Scientific memoirs by medical officers of the Army of India - Part XII,
Year: 1901
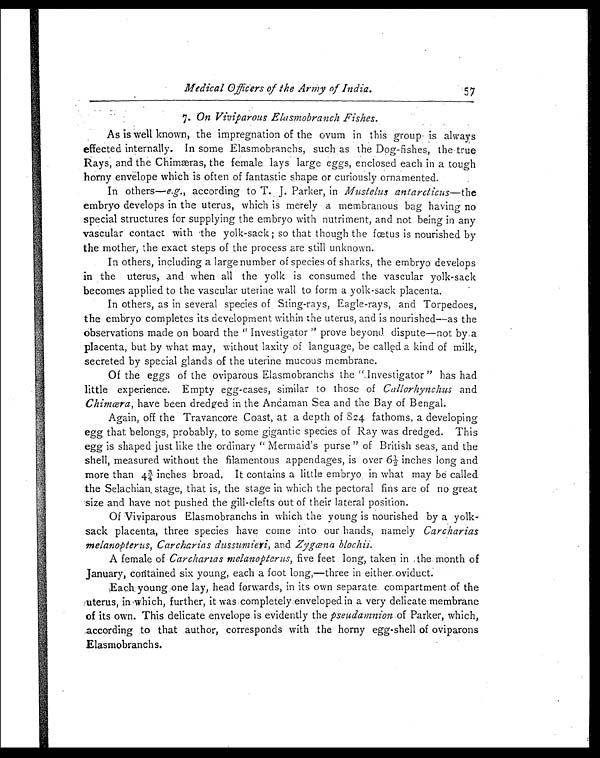
Medical Officers of the Army of India.
57
7. On Viviparous Elasmobranch Fishes.
As is well known, the impregnation of the ovum in this group is always
effected internally. In some Elasmobranchs, such as the Dog-fishes, the true
Rays, and the Chimæras, the female lays large eggs, enclosed each in a tough
horny envelope which is often of fantastic shape or curiously ornamented.
In others— e.g., according to T. J. Parker, in Mustelus antarcticus— the
embryo develops in the uterus, which is merely a membranous bag having no
special structures for supplying the embryo with nutriment, and not being in any
vascular contact with the yolk-sack ; so that though the fœtus is nourished by
the mother, the exact steps of the process are still unknown.
In others, including a large number of species of sharks, the embryo develops
in the uterus, and when all the yolk is consumed the vascular yolk-sack
becomes applied to the vascular uterine wall to form a yolk-sack placenta.
In others, as in several species of Sting-rays, Eagle-rays, and Torpedoes,
the embryo completes its development within the uterus, and is nourished—as the
observations made on board the " Investigator " prove beyond dispute—not by a
placenta, but by what may, without laxity of language, be called a kind of milk,
secreted by special glands of the uterine mucous membrane.
Of the eggs of the oviparous Elasmobranchs the " Investigator " has had
little experience. Empty egg-cases, similar to those of Callorhynchus and
Chimœra, have been dredged in the Andaman Sea and the Bay of Bengal.
Again, off the Travancore Coast, at a depth of 824 fathoms, a developing
egg that belongs, probably, to some gigantic species of Ray was dredged. This
egg is shaped just like the ordinary " Mermaid's purse " of British seas, and the
shell, measured without the filamentous appendages, is over 6½ inches long and
mo r e t h a n 4 ¾ i n c h e s b r o a d . I t c o n t a i n s a l i t t l e e mb r y o i n wh a t ma y b e c a l l e d
the Selachian stage, that is, the stage in which the pectoral fins are of no great
size and have not pushed the gill-clefts out of their lateral position.
Of Viviparous Elasmobranchs in which the young is nourished by a yolk-
sack placenta, three species have come into our hands, namely Carcharias
melanopterus, Carcharias dussumieri, and Zygœna blochii.
A female of Carcharias melanopterus, five feet long, taken in the month of
January, contained six young, each a foot long,—three in either oviduct.
Each young one lay, head forwards, in its own separate compartment of the
uterus, i n wh i c h , f u r t h e r , i t wa s c o mp l e t e l y e n v e l o p e d i n a v e r y d e l i c a t e me mb r a n e
of its own. This delicate envelope is evidently the pseudamnion of Parker, which,
according to that author, corresponds with the horny egg-shell of oviparous
Elasmobranchs.